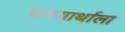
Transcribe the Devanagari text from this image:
वाच्यार्थाला